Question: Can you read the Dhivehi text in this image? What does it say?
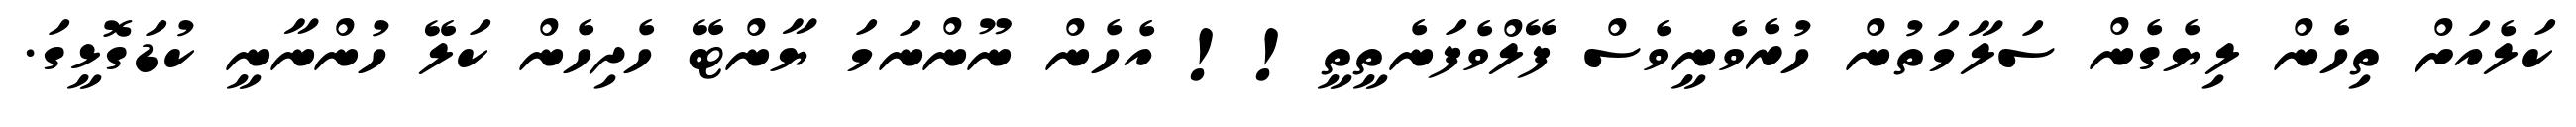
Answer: ކަލެއަށް ތިހެން ލިޔެގެން ސަލާމަތުން ހުރެވެނީވެސް ފޭލްވެފަނެތީތީ!! އެހެން ނޫންނަމަ ޔާންޓޭ ހެދިހެން ކަލޭ ހުންނާނީ ކުޑަގޮޅީގަ.